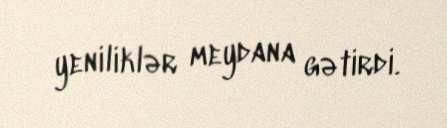
yeniliklər meydana gətirdi.